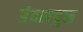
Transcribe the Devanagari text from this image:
डंठलयुक्त